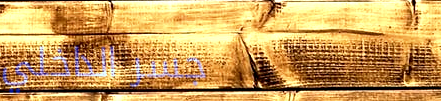
جسر الداخلي